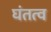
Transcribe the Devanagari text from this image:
घंतत्व